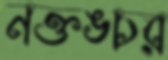
নক্তঙ্চর